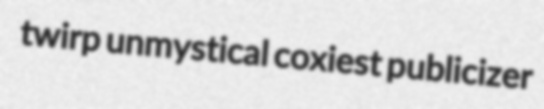
twirp unmystical coxiest publicizer